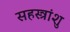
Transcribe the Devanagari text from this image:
सहस्त्रांशु